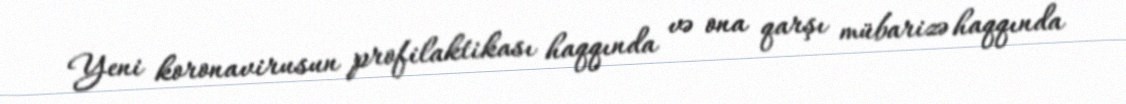
Yeni koronavirusun profilaktikası haqqında və ona qarşı mübarizə haqqında